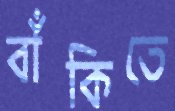
বাঁকিতে